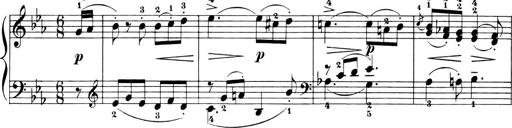
Title: 6 Piano Sonatinas
Composer: Cornelius Gurlitt